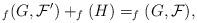
LaTeX: \begin{align*}_f(G,\mathcal{F}')+_f(H)=_f(G,\mathcal{F}),\end{align*}